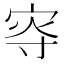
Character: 𡨎